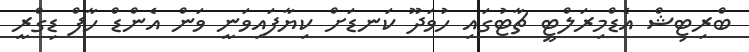
ބްރިޓިޝް އެޑްމިރަލްޓީ ޗާޓުގައި ހުވަދޫ ކަނޑަށް ކިޔާފައިވަނީ ވަން އެންޑް ހާފް ޑިގްރީ